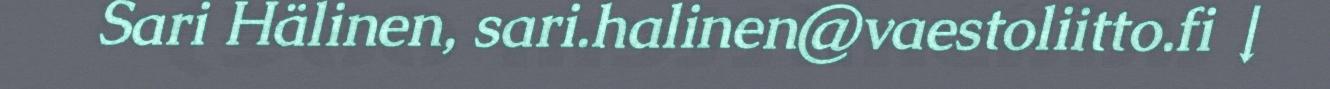
Sari Hälinen, sari.halinen@vaestoliitto.fi ↓